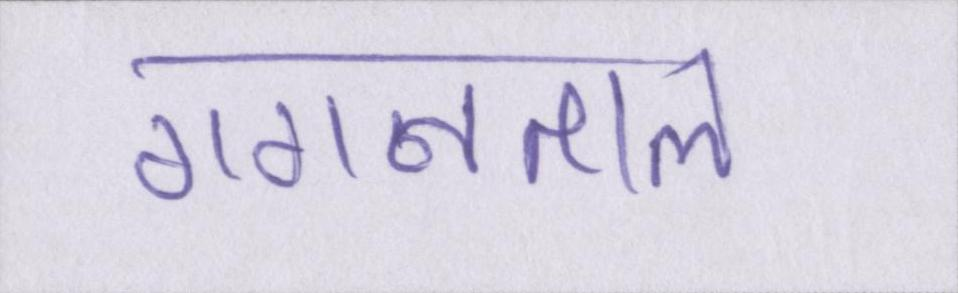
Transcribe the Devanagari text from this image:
गगनताल